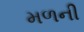
મળની